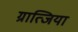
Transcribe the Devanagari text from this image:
ग्रात्जिया